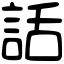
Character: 話